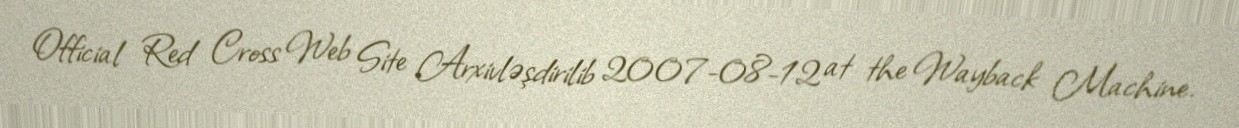
Official Red Cross Web Site Arxivləşdirilib 2007-08-12 at the Wayback Machine.